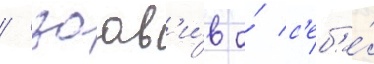
/ заав'и́в о́ с'еб'е́